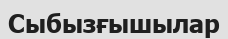
Сыбызғышылар